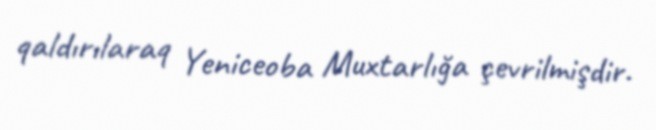
qaldırılaraq Yeniceoba Muxtarlığa çevrilmişdir.